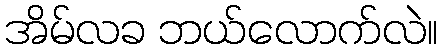
အိမ်လခ ဘယ်လောက်လဲ။